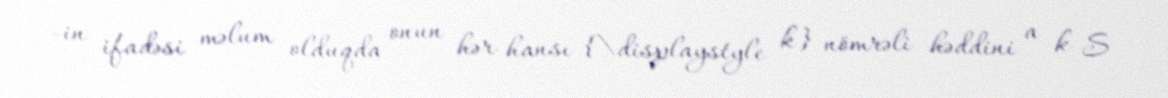
-in ifadəsi məlum olduqda onun hər hansı {\displaystyle k} nömrəli həddini a k S